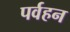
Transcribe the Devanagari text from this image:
पर्वहन